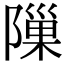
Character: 隟